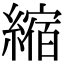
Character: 縮